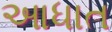
આધાત